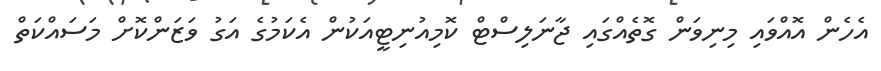
އެހެން އޮއްވައި މިނިވަން ގޮތެއްގައި ޖާނަލިސްޓް ކޮމިއުނިޓީއަކުން އެކަމުގެ އަގު ވަޒަންކޮށް މަސައްކަތް